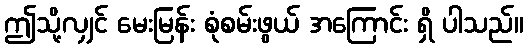
ဤသို့လျှင် မေးမြန်း စုံစမ်းဖွယ် အကြောင်း ရှိ ပါသည်။